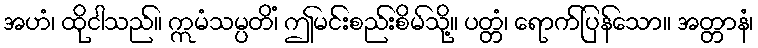
အဟံ၊ ထိုငါသည်။ ဣမံသမ္ပတိံ၊ ဤမင်းစည်းစိမ်သို့။ ပတ္တံ၊ ရောက်ပြန်သော။ အတ္တာနံ၊